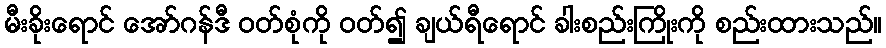
မီးခိုးရောင် အော်ဂန်ဒီ ဝတ်စုံကို ဝတ်၍ ချယ်ရီရောင် ခါးစည်းကြိုးကို စည်းထားသည်။